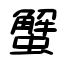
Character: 蟹